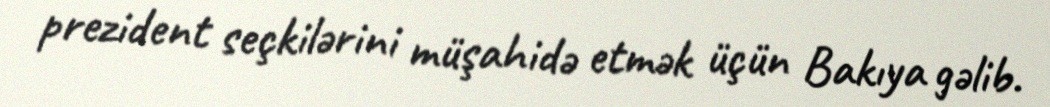
prezident seçkilərini müşahidə etmək üçün Bakıya gəlib.